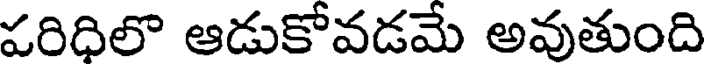
పరిధిలొ ఆడుకోవడమే అవుతుంది